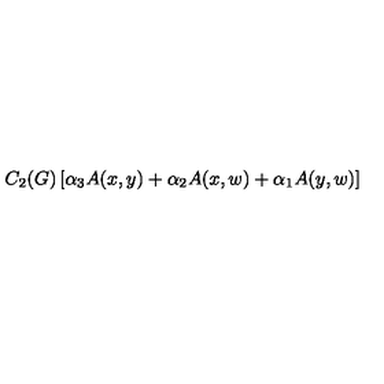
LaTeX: C _ { 2 } ( G ) \left[ \alpha _ { 3 } A ( x , y ) + \alpha _ { 2 } A ( x , w ) + \alpha _ { 1 } A ( y , w ) \right]